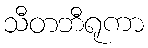
သီတဘီရုကာ